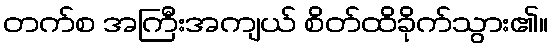
တက်စ အကြီးအကျယ် စိတ်ထိခိုက်သွား၏။